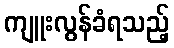
ကျူးလွန်ခံရသည့်